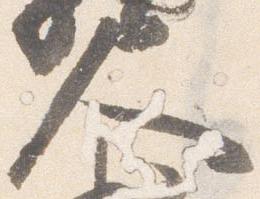
人